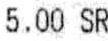
5.00 SR